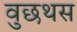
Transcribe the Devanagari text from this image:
वुछथस